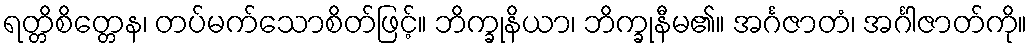
ရတ္တိစိတ္တေန၊ တပ်မက်သောစိတ်ဖြင့်။ ဘိက္ခုနိယာ၊ ဘိက္ခုနီမ၏။ အင်္ဂဇာတံ၊ အင်္ဂါဇာတ်ကို။